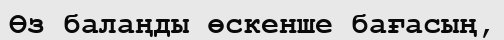
Өз балаңды өскенше бағасың,